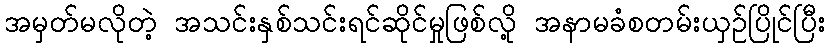
အမှတ်မလိုတဲ့ အသင်းနှစ်သင်းရင်ဆိုင်မှုဖြစ်လို့ အနာမခံစတမ်းယှဉ်ပြိုင်ပြီး